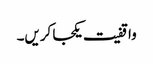
واقفیت یکجا کریں۔